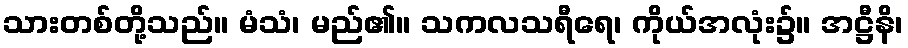
သားတစ်တို့သည်။ မံသံ၊ မည်၏။ သကလသရီရေ၊ ကိုယ်အလုံး၌။ အဋ္ဌီနိ၊